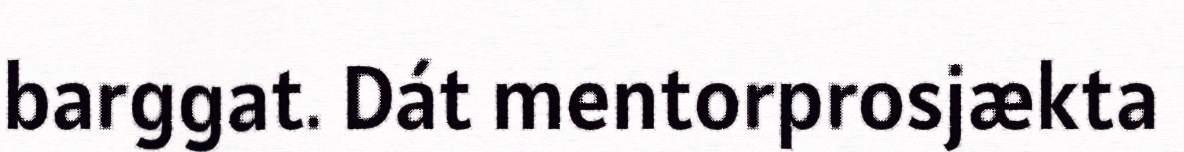
barggat. Dát mentorprosjækta